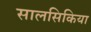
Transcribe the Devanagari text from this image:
सालसिकिया